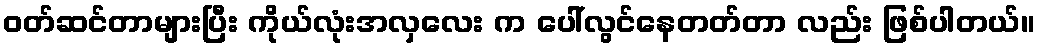
ဝတ်ဆင်တာများပြီး ကိုယ်လုံးအလှလေး က ပေါ်လွင်နေတတ်တာ လည်း ဖြစ်ပါတယ်။